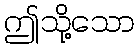
ဤသို့သော